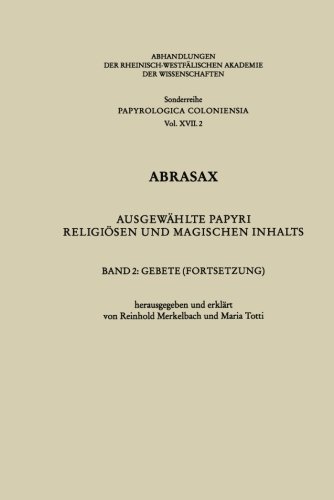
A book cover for Abrasax: AusgewÃ¤hlte Papyri religiÃ¶sen und magischen Inhalts. Band 2: Gebete (Fortsetzung) (Abhandlungen der Rheinisch-WestfÃ¤lischen Akademie der Wissenschaften) (German Edition); Religion & Spirituality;